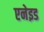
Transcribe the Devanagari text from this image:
एनेइड